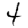
Digit: 4